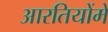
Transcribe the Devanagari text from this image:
आरतियोंमें